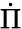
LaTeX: \dot{\Pi}